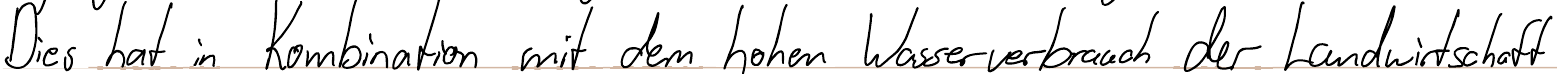
Dies hat in Kombination mit dem hohen Wasserverbrauch der Landwirtschaft